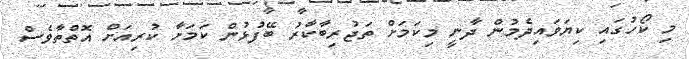
މި ކޯހުގައި ކިޔަވައިދެމުން ދާނީ މިކަމަށް ތަޖުރިބާކާރު ބޭފުޅުން ކަމަށާ ކުރިއަށް އޮތްތާވެސް